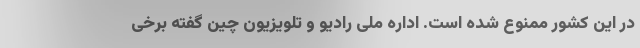
در این کشور ممنوع شده است. اداره ملی رادیو و تلویزیون چین گفته برخی